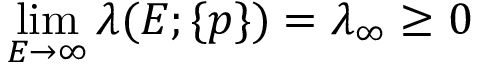
\operatorname* { l i m } _ { E \to \infty } \lambda ( E ; \{ p \} ) = \lambda _ { \infty } \ge 0